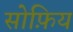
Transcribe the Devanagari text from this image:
सोफ़िय